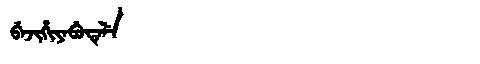
Manchu: ᠪᡝᠵᡳᡥᡳᠶᡝᠪᡠᡨᡝᠯᡝ
Romanization: BEJIHIYEBUTELE